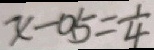
x - 0 . 5 = \frac { 1 } { 4 }